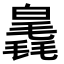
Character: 𣰗